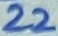
Text: 22